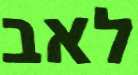
לאב